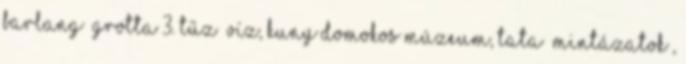
Barlang Grotta 3. Tűz Víz, Kuny Domokos Múzeum, Tata „Mintázatok”,